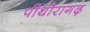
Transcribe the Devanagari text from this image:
पीथौरागढ़